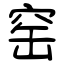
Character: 窑